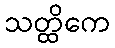
သတ္ထိကေ